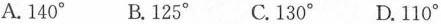
A.140^{\circ} B.125^{\circ} C.130^{\circ} D.110^{\circ}